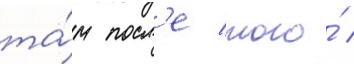
та́м посл'е того́ /